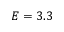
E = 3 . 3